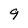
Character: 9